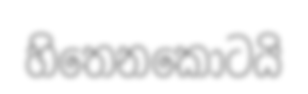
හිතෙනකොටයි